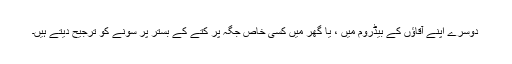
دوسرے اپنے آقاؤں کے بیڈروم میں ، یا گھر میں کسی خاص جگہ پر کتے کے بستر پر سونے کو ترجیح دیتے ہیں۔